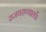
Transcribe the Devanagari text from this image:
राजघराण्यातर्फे